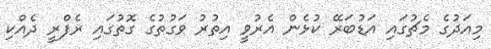
މިއަދުގެ މެޗުގައި އަޑުބަރޭ ކުޅެން އެރުވީ އިތުރު ވަގުތުގެ ގޮތުގައި ރެފްރީ ދެއްކި